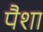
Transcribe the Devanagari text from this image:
पैशा